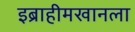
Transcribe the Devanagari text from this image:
इब्राहीमखानला